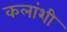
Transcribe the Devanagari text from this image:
कलांशी